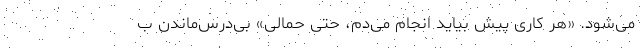
می‌شود. «هر کاری پیش بیاید انجام می‌دم، حتی حمالی» بی‌درس‌ماندن ب